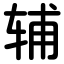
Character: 辅